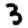
Digit: 3